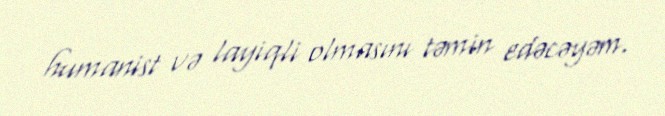
humanist və layiqli olmasını təmin edəcəyəm.